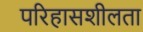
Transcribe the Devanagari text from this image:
परिहासशीलता